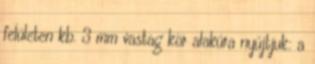
felületen kb. 3 mm vastag kör alakúra nyújtjuk: a